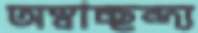
অস্বাচ্ছন্দ্য